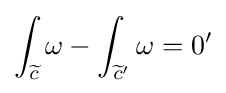
\int _{\widetilde {c}}\omega -\int _{{\widetilde {c}}'}\omega =0'